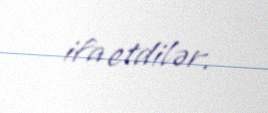
ifa etdilər.